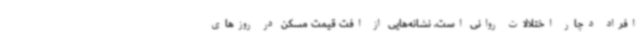
افراد دچار اختلالات روانی است. نشانه‌هایی از افت قیمت مسکن در روزهای